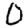
Digit: 0